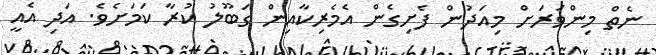
ނެތް މިންވަރަށް މިއަދުން ފެށިގެން އެމެރިކާއިން ގަބޫލު ކުރާ ކަމަށެވެ. އަދި އެއީ